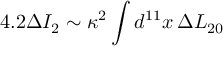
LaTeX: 4 . 2 \Delta I _ { 2 } \sim \kappa ^ { 2 } \int d ^ { 1 1 } x \, \Delta L _ { 2 0 }